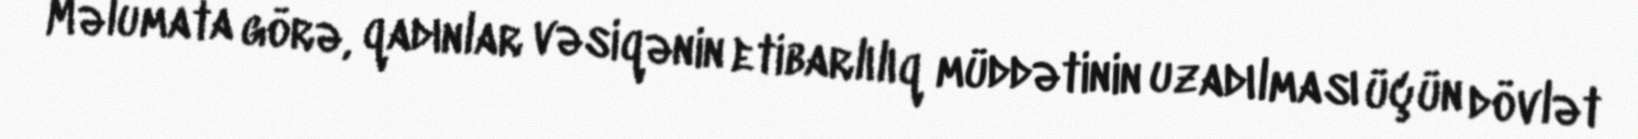
Məlumata görə, qadınlar vəsiqənin etibarlılıq müddətinin uzadılması üçün dövlət